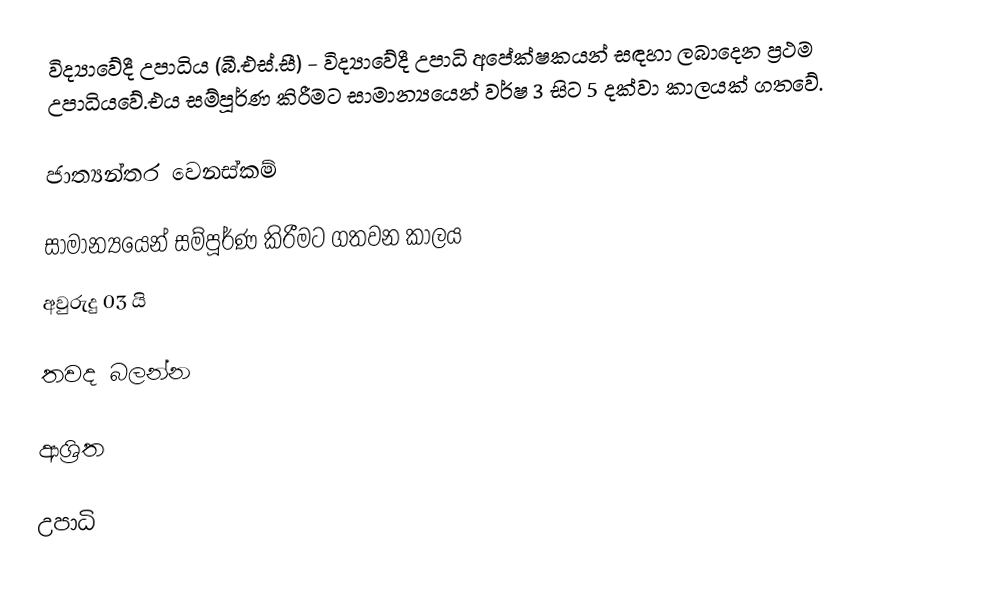
විද්‍යාවේදී උපාධිය (බී.එස්.සී) - විද්‍යාවේදී උපාධි අපේක්ෂකයන් සඳහා ලබාදෙන ප්‍රථම උපාධියවේ.එය සම්පූර්ණ කිරීමට සාමාන්‍යයෙන් වර්ෂ 3 සිට 5 දක්වා කාලයක් ගතවේ.

ජාත්‍යන්තර වෙනස්කම්

සාමාන්‍යයෙන් සම්පූර්ණ කිරීමට ගතවන කාලය
අවුරුදු 03 යි

තවද බලන්න

ආශ්‍රිත

උපාධි